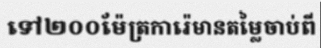
ទៅ២០០ម៉ែត្រការ៉េមានតម្លៃចាប់ពី